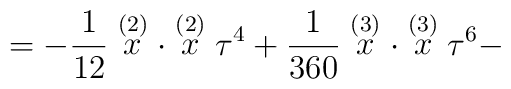
=-\frac 1{12}\stackrel{(2)}{x}\cdot \stackrel{(2)}{x}\tau^4+\frac1{360}\stackrel{(3)}{x}\cdot \stackrel{(3)}{x}\tau^6-